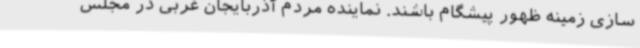
سازی زمینه ظهور پیشگام باشند. نماینده مردم آذربایجان غربی در مجلس